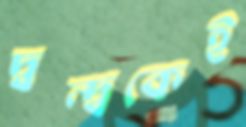
দ্বন্দ্বকেই